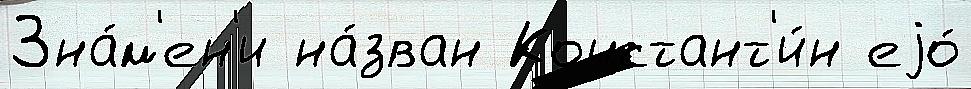
Зна́м'ен'и на́зван Констант'и́н еjо́